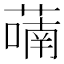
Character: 𬞑